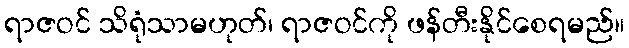
ရာဇဝင် သိရုံသာမဟုတ်၊ ရာဇဝင်ကို ဖန်တီးနိုင်စေရမည်။